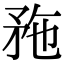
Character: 𥍢